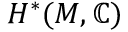
H ^ { * } ( M , \mathbb { C } )